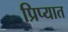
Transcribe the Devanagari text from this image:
प्रिप्यात